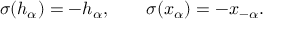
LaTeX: \sigma ( h _ { \alpha } ) = - h _ { \alpha } , \qquad \sigma ( x _ { \alpha } ) = - x _ { - \alpha } .